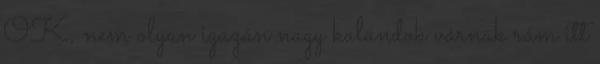
OK, nem olyan igazán nagy kalandok várnak rám itt